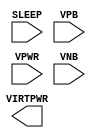
module sky130_fd_sc_lp__sleep_sergate_plv (
    //# {{power|Power}}
    input  SLEEP  ,
    output VIRTPWR,
    input  VPB    ,
    input  VPWR   ,
    input  VNB
);
endmodule